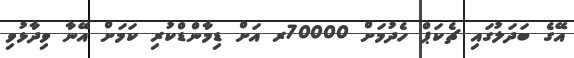
އޭގެ ބަދަލުގައި ޗެކަޕް ހެދުމަށް 70000ރ އަށް ޑިމާންޑްކުރި ކަމަށް އޭނާ ވިދާޅުވި